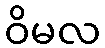
ဝိမလ